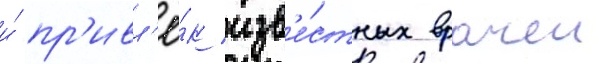
и́ пр'ивл'ё́к изв'е́стных врачеи